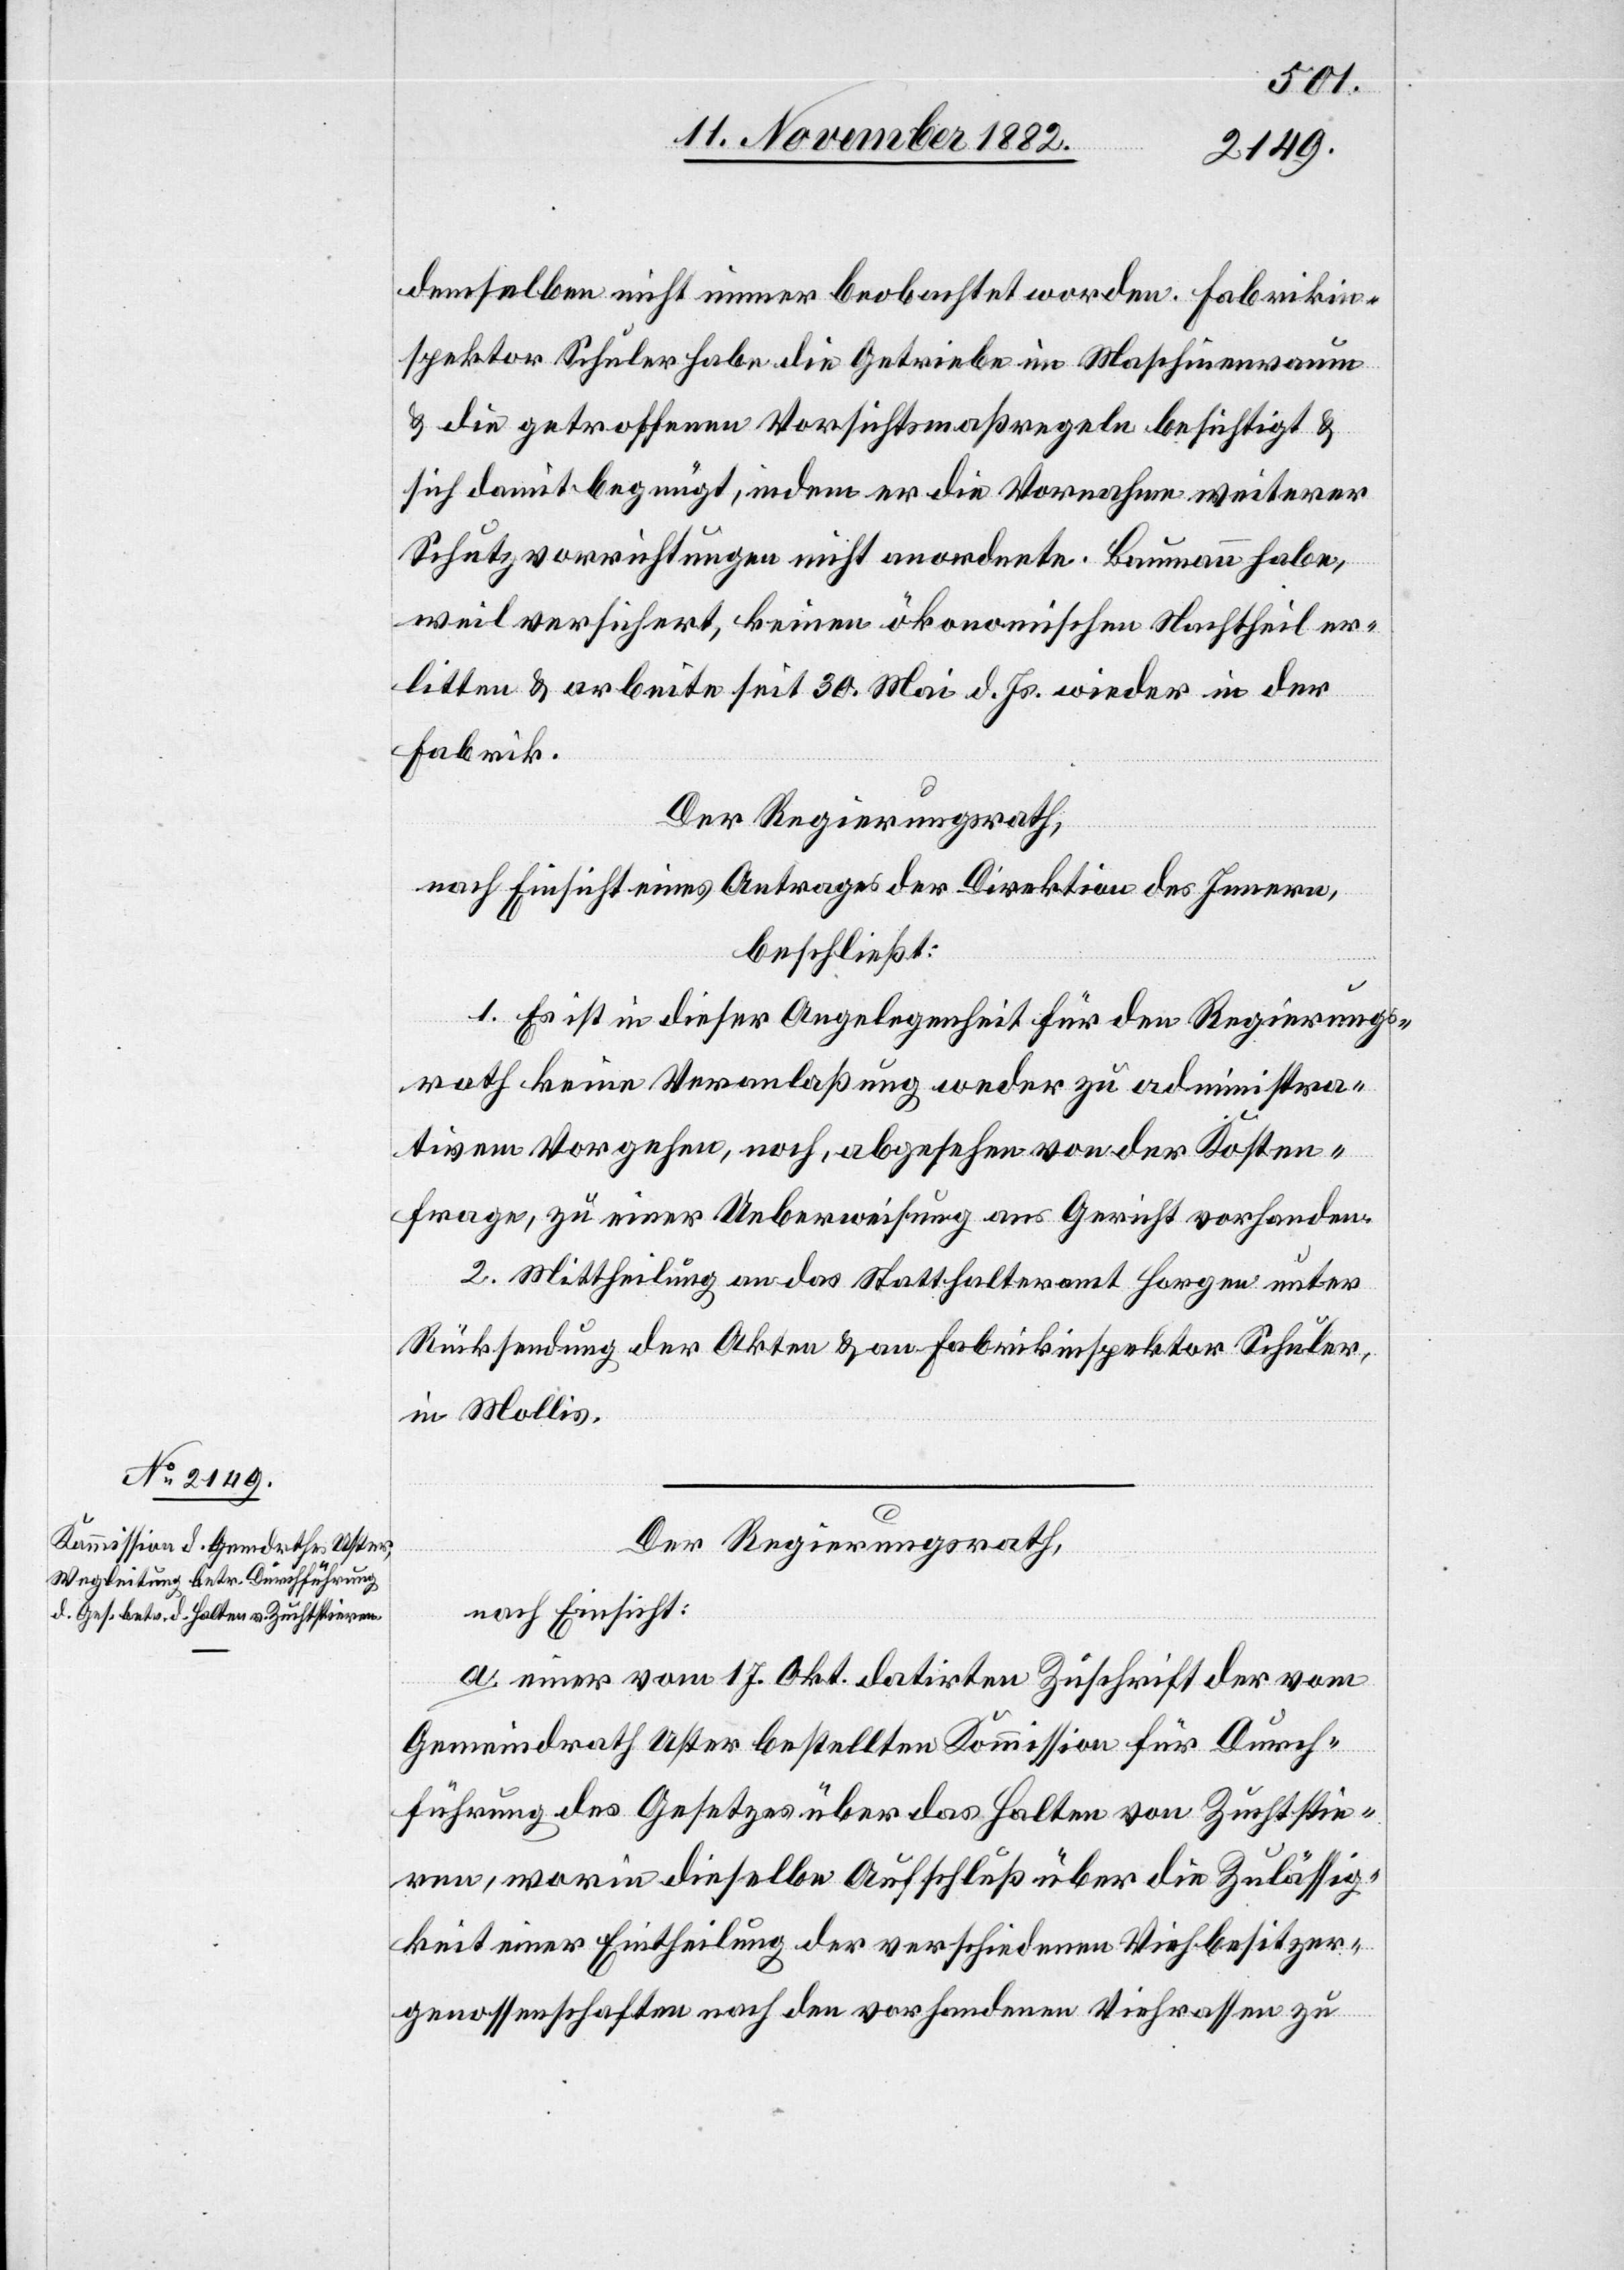
demselben nicht immer beobachtet worden. Fabrikin¬
spektor Schuler habe die Getriebe im Maschinenraum
& die getroffenen Vorsichtsmaßregeln besichtigt &
sich damit begnügt, indem er die Vornahme weiterer
Schutzvorrichtungen nicht anordnete. Baumann habe,
weil versichert, keinen ökonomischen Nachtheil er¬
litten & arbeite seit 30. Mai d. Js. wieder in der
Fabrik.
Der Regierungsrath,
nach Einsicht eines Antrages der Direktion des Innern,
beschließt:
1. Es ist in dieser Angelegenheit für den Regierungs¬
rath keine Veranlaßung weder zu administra¬
tivem Vorgehen, noch, abgesehen von der Kosten¬
frage, zu einer Ueberweisung ans Gericht vorhanden.
2. Mittheilung an das Statthalteramt Horgen unter
Rücksendung der Akten & an Fabrikinspektor Schuler
in Mollis.
Der Regierungsrath,
nach Einsicht:
a. einer vom 17. Okt. datirten Zuschrift der vom
Gemeindrath Uster bestellten Kommission für Durch¬
führung des Gesetzes über das Halten von Zuchtstie¬
ren, worin dieselbe Aufschluß über die Zulässig¬
keit einer Eintheilung der verschiedenen Viehbesitzer¬
genossenschaften nach den vorhandenen Viehrassen zu